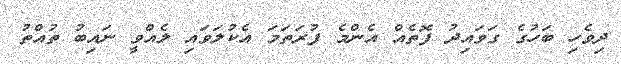
ދިވެހި ބަހުގެ ގަވައިދު ފޮތެއް އެންމެ ފުރަތަމަ އެކުލަވައި ލެއްވީ ނައިބު ތުއްތު